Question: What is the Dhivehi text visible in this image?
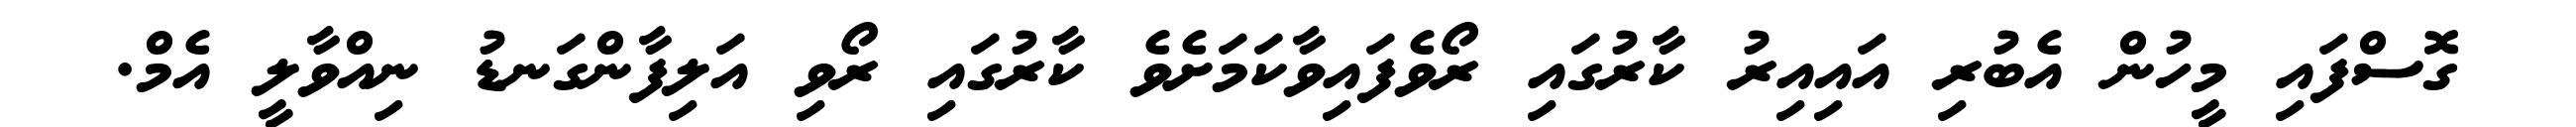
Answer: ގޮސްފައި މީހުން އެބުރި އައިއިރު ކާރުގައި ރޯވެފައިވާކަމަށެވެ ކާރުގައި ރޯވި އަލިފާންގަނޑު ނިއްވާލީ އެމް.